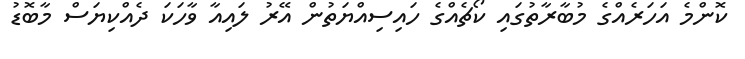
ކޮންމެ އަހަރެއްގެ މުބާރާތުގައި ކޯޗެއްގެ ހައިސިއްޔަތުން އޭރު ލައިއާ ވާހަކަ ދެއްކިޔަސް މާބޮޑު